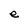
Character: e